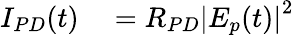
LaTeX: \begin{array}{rl}{I_{PD}(t)}&{{}=R_{PD}\left|E_{p}(t)\right|^{2}}\end{array}